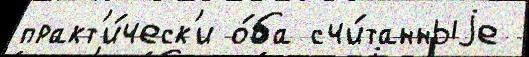
практ'и́ческ'и о́ба счи́танныjе